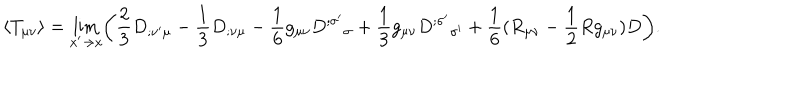
\langle T _ { \mu \nu } \rangle = \lim _ { x ^ { \prime } \rightarrow x } \biggl ( { \frac { 2 } { 3 } } D _ { ; \nu ^ { \prime } \mu } - { \frac { 1 } { 3 } } D _ { ; \nu \mu } - { \frac { 1 } { 6 } } g _ { \mu \nu } D ^ { ; \sigma ^ { \prime } } { } _ { \sigma } + { \frac { 1 } { 3 } } g _ { \mu \nu } D ^ { ; \sigma ^ { \prime } } { } _ { \sigma ^ { \prime } } + { \frac { 1 } { 6 } } ( R _ { \mu \nu } - { \frac { 1 } { 2 } } R g _ { \mu \nu } ) D \biggr ) .